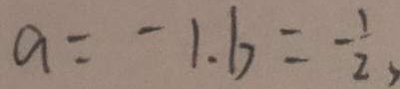
a = - 1 . b = - \frac { 1 } { 2 }